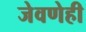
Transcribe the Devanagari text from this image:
जेवणेही